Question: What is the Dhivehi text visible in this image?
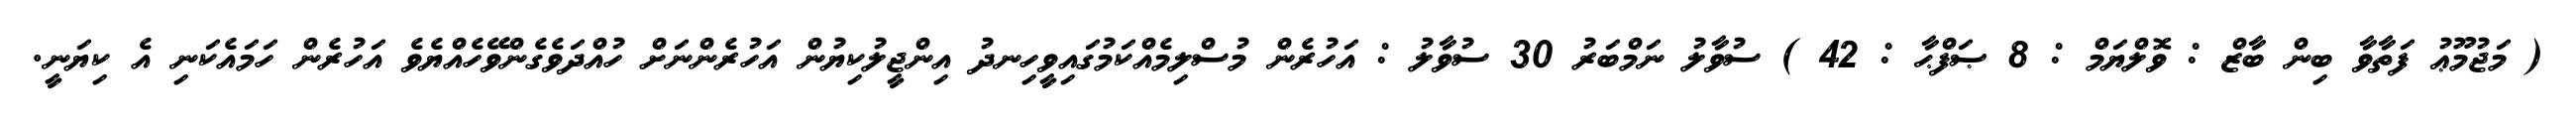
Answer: ( މަޖުމޫޢު ފަތާވާ ބިން ބާޒް : ވޮލްޔަމް : 8 ޞަފްޙާ : 42 ) ސުވާލު ނަމްބަރު 30 ސުވާލު : އަހުރެން މުސްލިމެއްކަމުގައިވީހިނދު އިންޖީލުކިޔުން އަހުރެންނަށް ހުއްދަވެގެންވޭހެއްޔެވެ އަހުރެން ހަމައެކަނި އެ ކިޔަނީ.